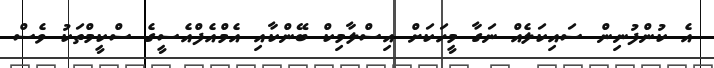
އެ ކުންފުނިން ސައިކަލެއް ނަގާ މީހަކަށް އިސްލާމިކް ބޭންކާއި އެމްއެފްއެސީގެ ސްކީމްތަކު ވެސް